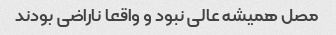
مصل همیشه عالی نبود و واقعا ناراضی بودند